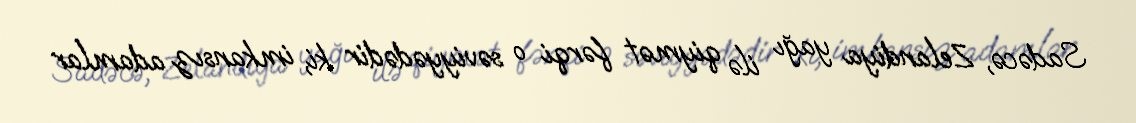
Sadəcə, Zelandiya yağı ilə qiymət fərqi o səviyyədədir ki, imkansız adamlar